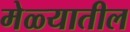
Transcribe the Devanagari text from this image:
मेळ्यातील